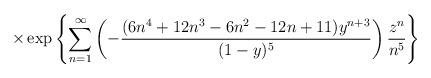
LaTeX: \begin{align*} \times \exp\left\{ \sum_{n=1}^{\infty} \left( - \frac{(6n^4+12n^3-6n^2-12n+11)y^{n+3} }{(1-y)^5} \right) \frac{z^n}{n^5} \right\}\end{align*}